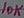
Text: 10K